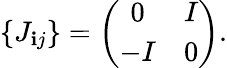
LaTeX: \{ J_{\mathbf{i}j}\} =\left(\begin{array}{cc}{{0}}&{{I}}\\ {{-I}}&{{0}}\end{array}\right).